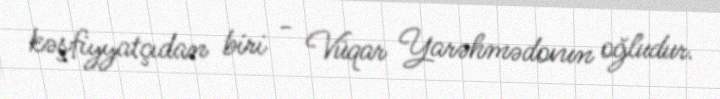
kəşfiyyatçıdan biri - Vüqar Yarəhmədovun oğludur.